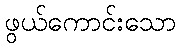
ဖွယ်ကောင်းသော